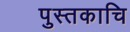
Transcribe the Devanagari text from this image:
पुस्तकाचि